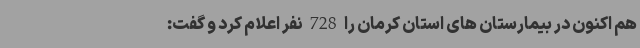
هم اکنون در بیمارستان های استان کرمان را 728 نفر اعلام کرد و گفت: